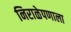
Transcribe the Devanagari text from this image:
निराळेपणाला